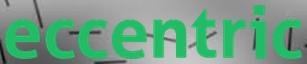
eccentric